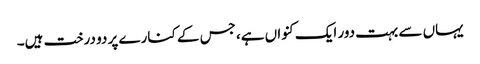
یہاں سے بہت دور ایک کنواں ہے، جس کے کنارے پر دو درخت ہیں۔